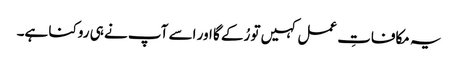
یہ مکافاتِ عمل کہیں تو رُکے گا اور اسے آپ نے ہی روکنا ہے۔